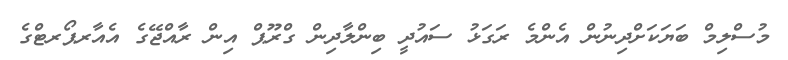
މުސްލިމް ބަޔަކަށްދިނުން އެންމެ ރަގަޅު ސައުދީ ބިންލާދިން ގްރޫޕް އިން ރާއްޖޭގެ އެއާރޕޯރޓްގެ